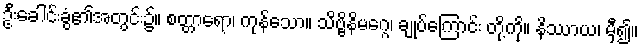
ဦးခေါင်းခွံ၏အတွင်း၌။ စတ္တာရော၊ ကုန်သော။ သိဗ္ဗိနိမဂ္ဂေ၊ ချုပ်ကြောင်း တို့ကို။ နိဿာယ၊ မှီ၍။